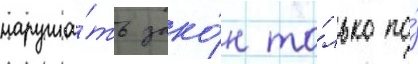
наруша́ть зако́н то́лько по́